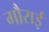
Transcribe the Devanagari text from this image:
गौराई